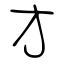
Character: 才